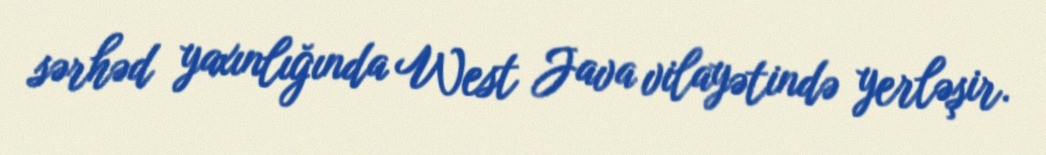
sərhəd yaxınlığında West Java vilayətində yerləşir.